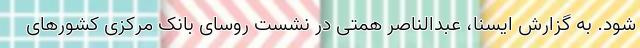
شود. به گزارش ایسنا، عبدالناصر همتی در نشست روسای بانک مرکزی کشورهای